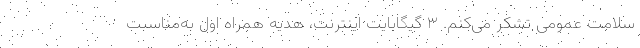
سلامت عمومی تشکر می‌کنم. ٣ گیگابایت اینترنت، هدیه همراه اول به‌مناسبت